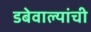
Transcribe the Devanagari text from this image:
डबेवाल्यांची